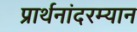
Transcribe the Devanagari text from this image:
प्रार्थनांदरम्यान